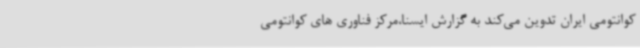
کوانتومی ایران تدوین می‌کند به گزارش ایسنا،مرکز فناوری های کوانتومی